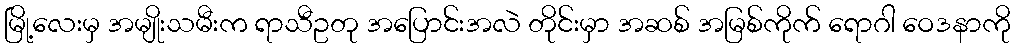
မြို့လေးမှ အမျိုးသမီးက ရာသီဥတု အပြောင်းအလဲ တိုင်းမှာ အဆစ် အမြစ်ကိုက် ရောဂါ ဝေဒနာကို